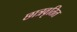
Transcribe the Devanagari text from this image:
छात्रवृतित